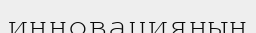
инновацияның